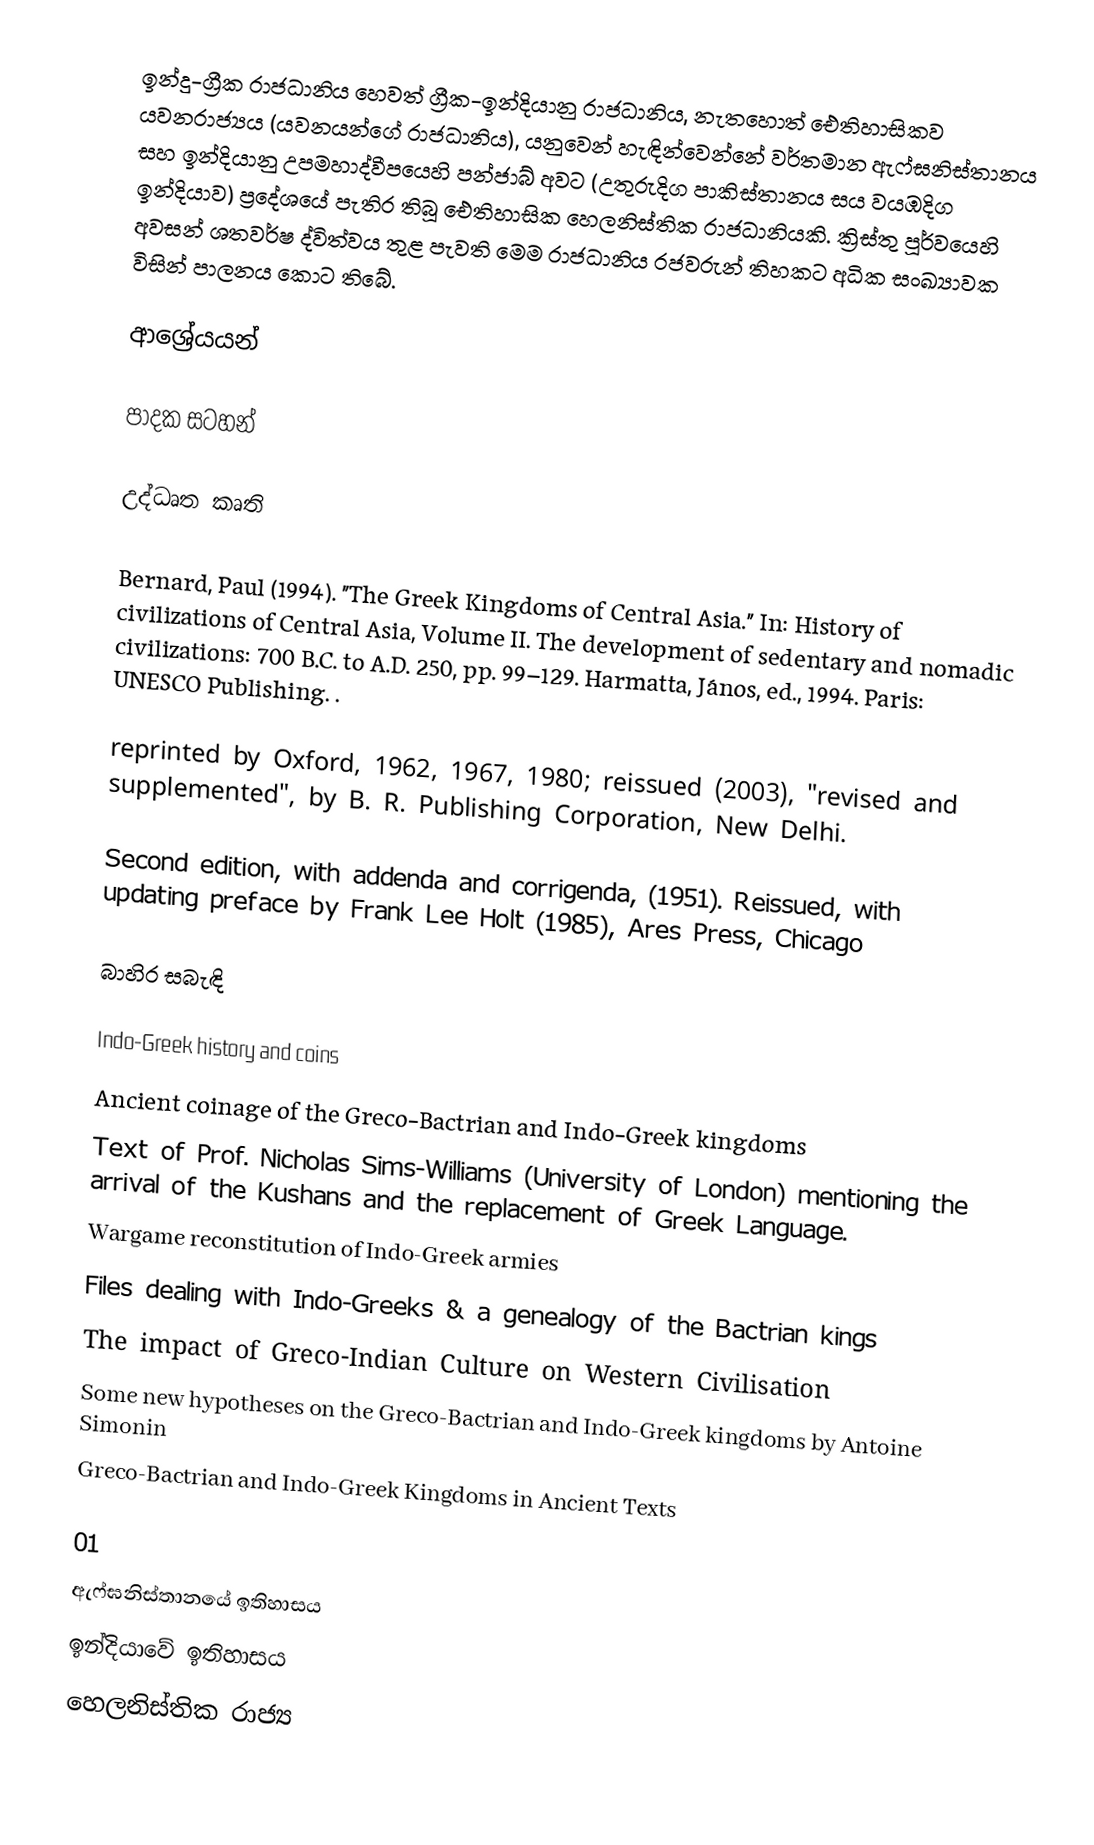
ඉන්දු-ග්‍රීක රාජධානිය හෙවත් ග්‍රීක-ඉන්දියානු රාජධානිය, නැතහොත් ඓතිහාසිකව යවනරාජ්‍යය (යවනයන්ගේ රාජධානිය), යනුවෙන් හැඳින්වෙන්නේ වර්තමාන ඇෆ්ඝනිස්තානය සහ ඉන්දියානු උපමහාද්වීපයෙහි පන්ජාබ් අවට (උතුරුදිග පාකිස්තානය සය වයඹදිග ඉන්දියාව) ප්‍රදේශයේ පැතිර තිබූ ඓතිහාසික හෙලනිස්තික රාජධානියකි. ක්‍රිස්තු පූර්වයෙහි අවසන් ශතවර්ෂ ද්විත්වය තුළ පැවති මෙම රාජධානිය රජවරුන් තිහකට අධික සංඛ්‍යාවක විසින් පාලනය කොට තිබේ.

ආශ්‍රේයයන්

පාදක සටහන්

උද්ධෘත කෘති

 Bernard, Paul (1994). "The Greek Kingdoms of Central Asia." In: History of civilizations of Central Asia, Volume II. The development of sedentary and nomadic civilizations: 700 B.C. to A.D. 250, pp. 99–129. Harmatta, János, ed., 1994. Paris: UNESCO Publishing. .

reprinted by Oxford, 1962, 1967, 1980; reissued (2003), "revised and supplemented", by B. R. Publishing Corporation, New Delhi.

Second edition, with addenda and corrigenda, (1951). Reissued, with updating preface by Frank Lee Holt (1985), Ares Press, Chicago

බාහිර සබැඳි

Indo-Greek history and coins
Ancient coinage of the Greco-Bactrian and Indo-Greek kingdoms
Text of Prof. Nicholas Sims-Williams (University of London) mentioning the arrival of the Kushans and the replacement of Greek Language.
Wargame reconstitution of Indo-Greek armies
Files dealing with Indo-Greeks & a genealogy of the Bactrian kings
The impact of Greco-Indian Culture on Western Civilisation
Some new hypotheses on the Greco-Bactrian and Indo-Greek kingdoms by Antoine Simonin
Greco-Bactrian and Indo-Greek Kingdoms in Ancient Texts

 01
ඇෆ්ඝනිස්තානයේ ඉතිහාසය
ඉන්දියාවේ ඉතිහාසය
හෙලනිස්තික රාජ්‍ය